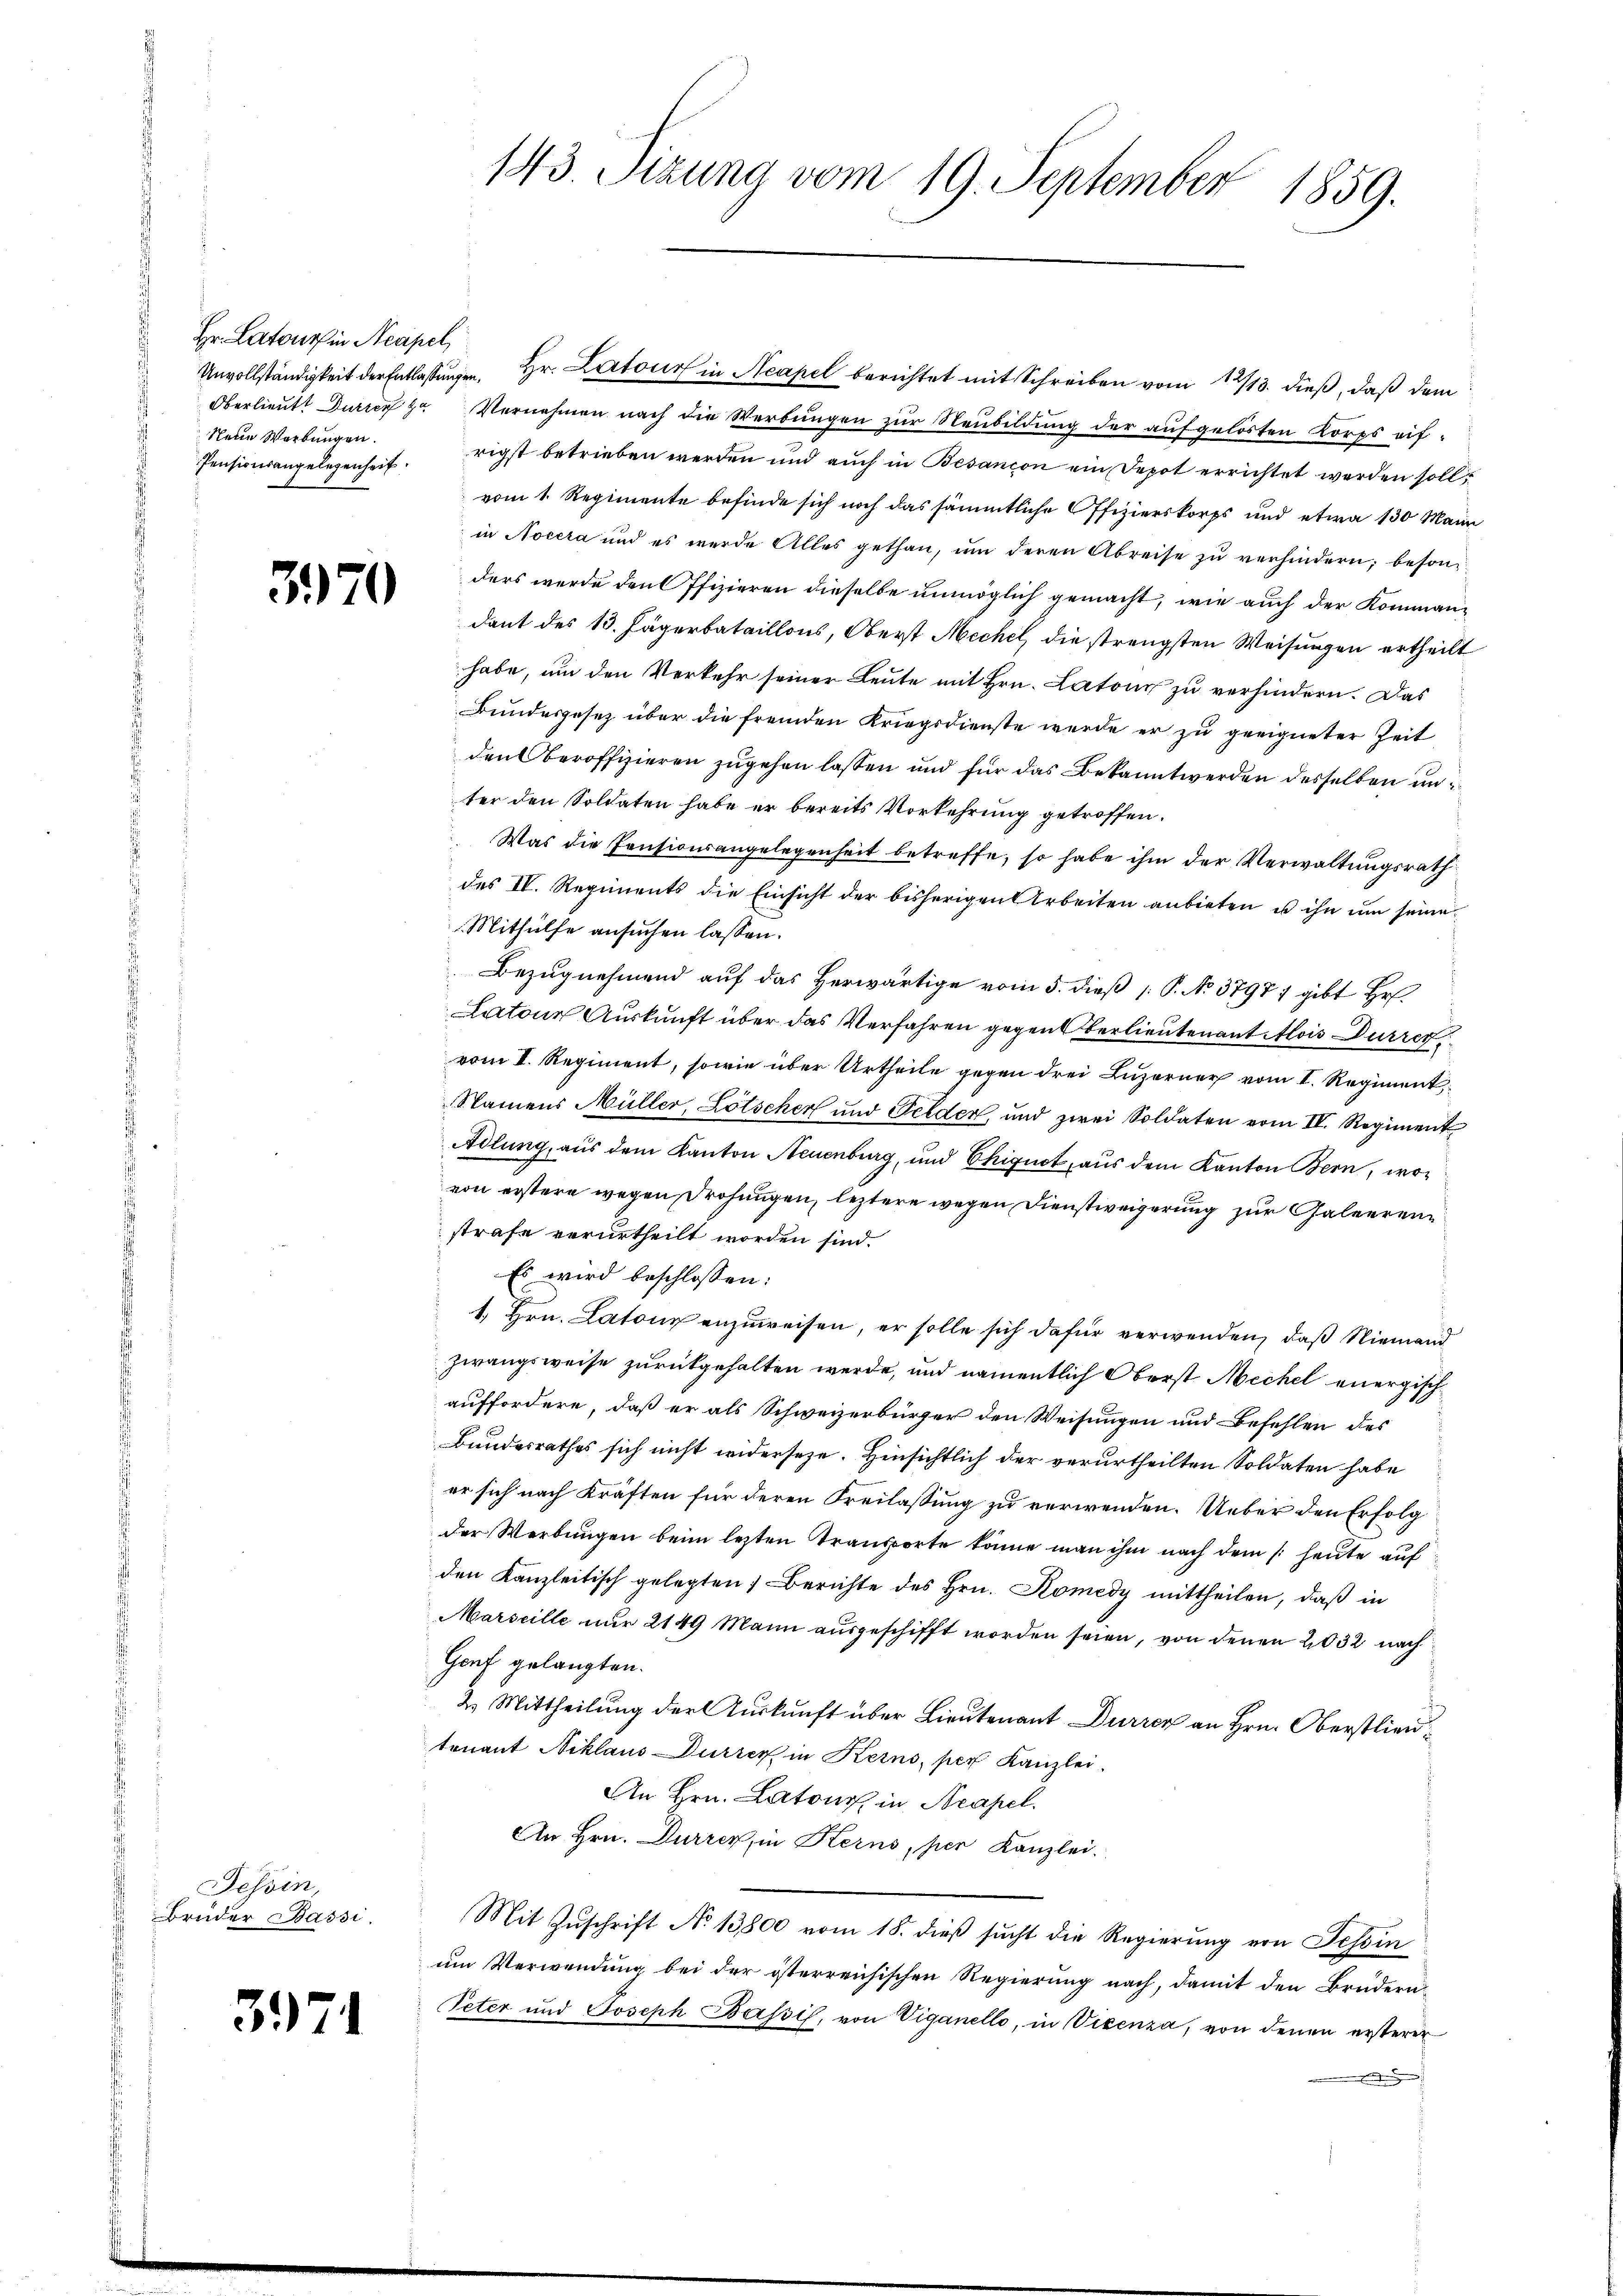
Hr. Latours in Neapel
Neue Werbungen.

374

3970

Tessin,
Brüder Passi

143. Sizung vom 19. September 1859.

Unvollständigkeit der Entlassŭngen, Hr. Lartour in Neapel berichtet mit Schreiben vom 12/13. dieß, daß dem
Oberlieutt Dürren zu Vernehmen nach die Werbŭngen zŭr Neubildung der aufgelösten Korps auf¬
Pensionsangelegenheit. rigst betrieben werden und auch in Besançon ein Depot errichtet werden soll,
vom 1. Regimente befinde sich noch das sämmtliche Offizierskorps und etwa 130 Main
in Nocera und es werde Alles gethan, ŭm deren Abreise zŭ verhindern; besonders werde den Offizieren dieselbe unmöglich gemacht, wie auch der Kommandant des 13. Jägerbataillons, Oberst Mechel, die strengsten Weisungen ertheilt
habe, um den Verkehr seiner Leute mit Hrn. Latons zu verhindern. Das
Bundesgesetz über die fremden Kriegsdienste werde er zu geeigneter Zeit
den Oberoffizieren zugehen lassen und für das Bekannt werden desselben unter den Soldaten habe er bereits Vorkehrung getroffen.
Was die Pensionsangelegenheit betreffe, so habe ihm der Verwaltungsrath
des IV. Regiments die Einsicht der bisherigen Arbeiten anbieten u ihn um seine
Mithülfe ansuchen lassen.
Bezugnehmend auf das Herwärtige vom 5. dieß P. No 37987 gibt Hr.
Latons Auskunft über das Verfahren gegen Berlieutenant Alois Dürrer.
vom I. Regiment, sowie über Urtheile gegen drei Luzerner vom I. Regiment,
Namens Müller, Lötscher und Gelder, und zwei Soldaten vom IV. Regiment
Adlung, aus dem Kanton Neuenburg, und Chignet, aus dem Kanton Bern, wovon erstere wegen Drohungen, leztere wegen Dienstweigerung zur Galeeren
strafe verurtheilt worden sind.
Es wird beschlossen:
1. Hrn. Latous anzuweisen, er solle sich dafür verwenden, daß Niemand
zwangsweise zurückgehalten werde, und namentlich Oberst Mechel energischauffordere, daß er als Schweizerbürger den Weisungen und Befehlen des
Bundesrathes sich nicht widerseze. Hinsichtlich der verurtheilten Soldaten habe
er sich nach Kräften für deren Freilassung zu verwenden. Ueber den Erfolg
der Werbungen beim lezten Transporte könne man ihm nach dem /: heute auf
den Kanzleitisch gelegten Berichte des Hrn. Komedy mittheilen, daß in
Marseille nur 2149 Mann ausgeschifft worden seien, von denen 2032 nach
Gruf gelangten.
2. Mittheilung der Auskunft über Lieutenant Dürrer an Hrn. Oberstlieutenant Niklaus Dürrer in Kerno, per Kanzlei.
An Hrn. Latone in Neapel.
An Hrn. Durrer, in Kerns, per Kanzlei.
Mit Zuschrift No 13800 vom 18. dieß sucht die Regierung von Tessin
um Verwendung bei der österreichischen Regierung nach, damit den Brüdern-
Peter und Joseph Bassis, von Viganello, in Vicenza, von denen ersterer
.